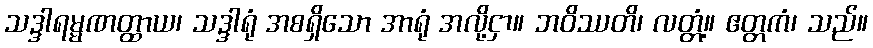
သဒ္ဒါရမ္မဏတ္ထာယ၊ သဒ္ဒါရုံ အစရှိသော အာရုံ အလို့ငှာ။ ဘဝိဿတိ၊ လတ္တံ့။ ဧတ္တကံ၊ သည်။